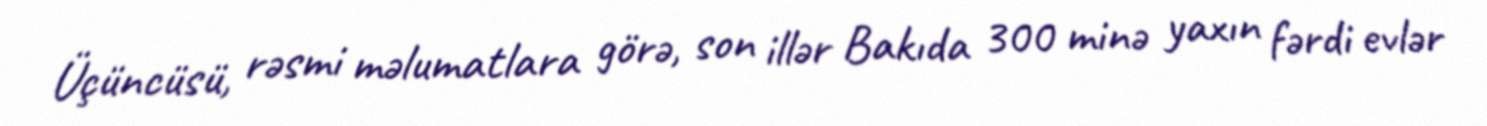
Üçüncüsü, rəsmi məlumatlara görə, son illər Bakıda 300 minə yaxın fərdi evlər